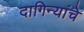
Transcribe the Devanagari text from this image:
दागिन्यांचे